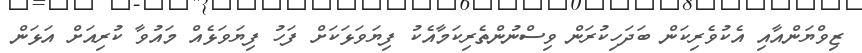
ޒިވްޔަންއާއި އެކުވެރިކަން ބަދަހިކުރަން ވިސްނުންތެރިކަމާއެކު ފިޔަވަޅަކަށް ފަހު ފިޔަވަޅެއް މައުވާ ކުރިއަށް އަޅަން